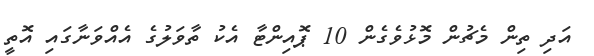
އަދި ތިން މެޗުން މޮޅުވެގެން 10 ޕޮއިންޓާ އެކު ތާވަލުގެ އެއްވަނާގައި އޮތީ